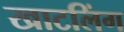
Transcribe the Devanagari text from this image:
खाटलिंग